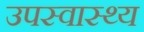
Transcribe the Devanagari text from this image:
उपस्‍वास्‍थ्‍य